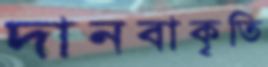
দানবাকৃতি